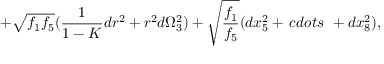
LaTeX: + \sqrt { f _ { 1 } f _ { 5 } } ( \frac { 1 } { 1 - K } d r ^ { 2 } + r ^ { 2 } d \Omega _ { 3 } ^ { 2 } ) + \sqrt { \frac { f _ { 1 } } { f _ { 5 } } } ( d x _ { 5 } ^ { 2 } + \, c d o t s \ + d x _ { 8 } ^ { 2 } ) ,